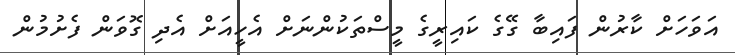
އަވަހަށް ކާރުން ފައިބާ ގޭގެ ކައިރީގެ މީސްތަކުންނަށް އެހީއަށް އެދި ގޮވަން ފެށުމުން